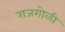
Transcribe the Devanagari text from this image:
राजगोळी